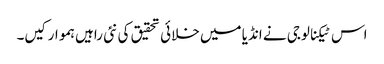
اس ٹیکنالوجی نے انڈیا میں خلائی تحقیق کی نئی راہیں ہموار کیں۔